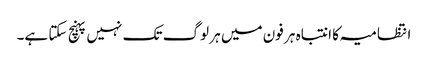
انتظامیہ کا انتباہ ہر فون میں ہر لوگ تک نہیں پہنچ سکتا ہے۔